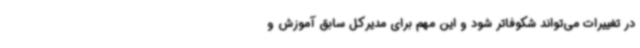
در تغییرات می‌تواند شکوفاتر شود و این مهم برای مدیرکل سابق آموزش و